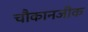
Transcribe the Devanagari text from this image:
चौकानजीक